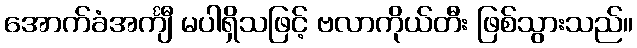
အောက်ခံအင်္ကျီ မပါရှိသဖြင့် ဗလာကိုယ်တီး ဖြစ်သွားသည်။